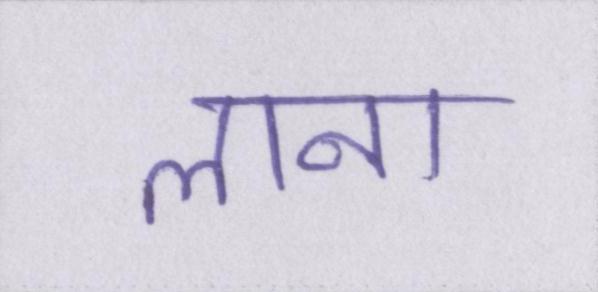
लाना